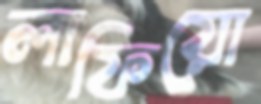
লাফিয়ো